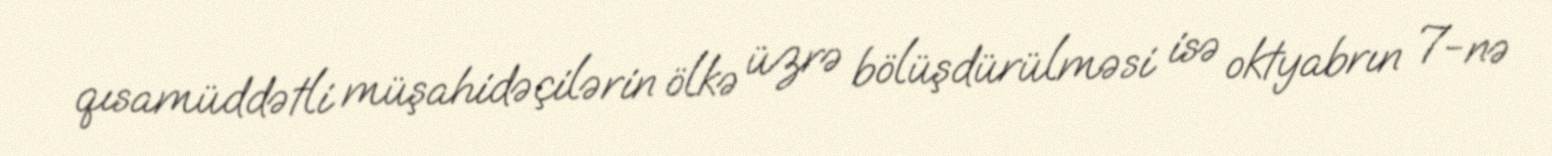
qısamüddətli müşahidəçilərin ölkə üzrə bölüşdürülməsi isə oktyabrın 7-nə